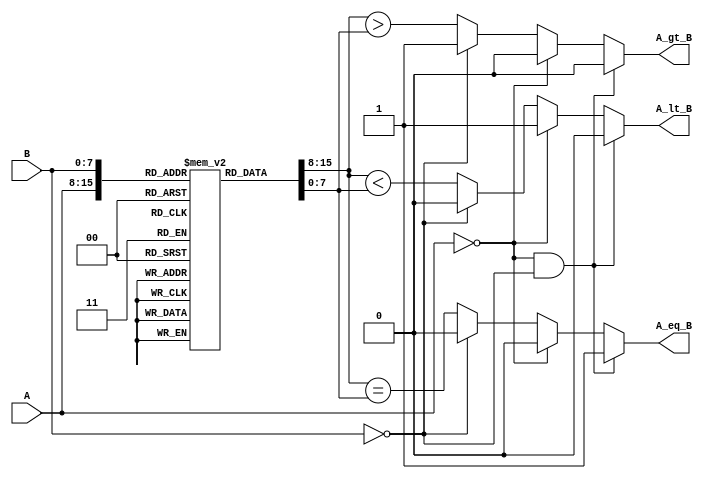
module LogarithmicComparator #(parameter N = 8) (
    input [N-1:0] A,
    input [N-1:0] B,
    output reg A_gt_B,
    output reg A_eq_B,
    output reg A_lt_B
);

    // Logarithmic approximation using a simple lookup table
    reg [N-1:0] log_A;
    reg [N-1:0] log_B;

    // Logarithmic lookup table (for simplicity, using a small range)
    reg [N-1:0] log_table [0:255]; // Assuming N=8 for 8-bit inputs

    initial begin
        // Initialize the logarithmic lookup table (example values)
        // This should be filled with actual logarithmic values for your application
        log_table[0] = 0;    // log(0) is undefined, handle separately
        log_table[1] = 0;    // log(1) = 0
        log_table[2] = 1;    // log(2) = 1 (approx)
        log_table[3] = 1;    // log(3) = 1 (approx)
        // Continue filling the table with appropriate logarithmic values...
        // For example:
        // log_table[4] = 2; // log(4) = 2
        // log_table[5] = 2; // log(5) = 2 (approx)
        // ...
        log_table[255] = 8;  // log(255) = 8 (approx)
    end

    always @(*) begin
        // Handle special case for zero
        if (A == 0 && B == 0) begin
            A_gt_B = 0;
            A_eq_B = 1;
            A_lt_B = 0;
        end else if (A == 0) begin
            A_gt_B = 0;
            A_eq_B = 0;
            A_lt_B = 1;
        end else if (B == 0) begin
            A_gt_B = 1;
            A_eq_B = 0;
            A_lt_B = 0;
        end else begin
            // Perform logarithmic transformation
            log_A = log_table[A];
            log_B = log_table[B];

            // Compare the logarithmic values
            A_gt_B = (log_A > log_B);
            A_eq_B = (log_A == log_B);
            A_lt_B = (log_A < log_B);
        end
    end

endmodule